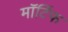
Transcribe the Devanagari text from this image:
मॉर्टिफ